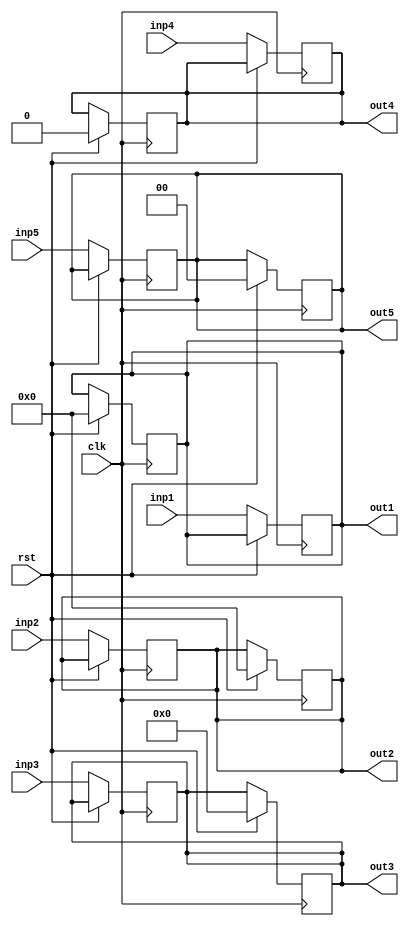
module MEM_WB(clk, rst,inp3,inp5,inp1, inp2,inp4,out1, out2,out4,out3,out5);
    input [31:0] inp1, inp2;
    input [4:0] inp3;
    input [1:0] inp5;
    input inp4;
    input clk;
    input rst;
    output reg [31:0] out1, out2;
    output reg [4:0] out3;
    output reg [1:0] out5;
    output reg out4;
    always@(posedge clk) begin
        if (rst == 1'b1) begin
            out1 <= 32'b0;
            out2 <= 32'b0;
            out3 <= 5'b0;
            out4 <= 1'b0;
            out5 <= 2'b0;
        end
    end
    always@(posedge clk) begin
        if (rst == 1'b0) begin
            out1 <= inp1;
            out2 <= inp2;
            out3 <= inp3;
            out4 <= inp4;
            out5 <= inp5;
        end
    end
endmodule